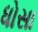
ધોસા